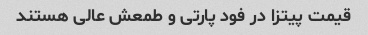
قیمت پیتزا در فود پارتی و طمعش عالی هستند